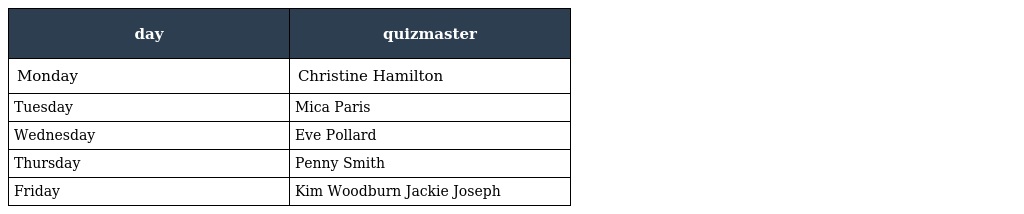
| day | quizmaster |
 | --- | --- |
 | Monday | Christine Hamilton |
 | Tuesday | Mica Paris |
 | Wednesday | Eve Pollard |
 | Thursday | Penny Smith |
 | Friday | Kim Woodburn Jackie Joseph |